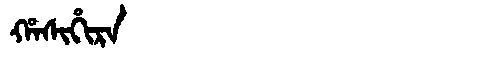
Manchu: ᡥᠠᠰᡳᡥᡳᡵᠠ
Romanization: HASIHIRA